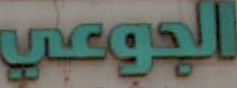
الجوعي